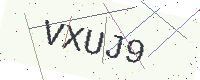
Text: VXUJ9